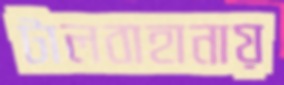
টালবাহানায়